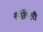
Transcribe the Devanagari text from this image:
कॅलिएरी